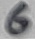
Text: 6